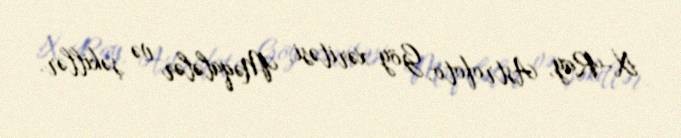
X-Ray, Astrofoto, Göy xəritəsi, Məqalələr və şəkillər.